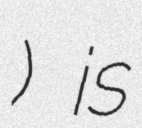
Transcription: ⲡⲓϣⲁⲉⲓ) is